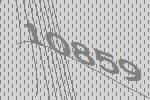
10859